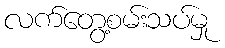
လက်တွေ့စမ်းသပ်မှု